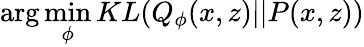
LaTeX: \arg\operatorname*{min}_{\phi}KL(Q_{\phi}(x,z)||P(x,z))